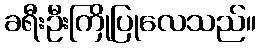
ခရီးဦးကြိုပြုလေသည်။